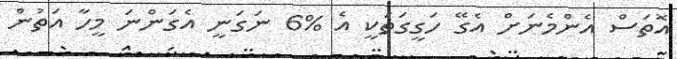
އޮތަސް އެންމެނަށް އެގޭ ހަގީގަތަކީ އެ %6 ނަގަނީ އެގަންނަ މީހާ އަތުން